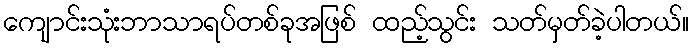
ကျောင်းသုံးဘာသာရပ်တစ်ခုအဖြစ် ထည့်သွင်း သတ်မှတ်ခဲ့ပါတယ်။